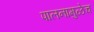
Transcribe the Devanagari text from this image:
पालनामुळेच